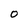
Character: O